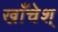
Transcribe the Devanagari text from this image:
खाँचेश्